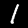
Label: 1